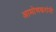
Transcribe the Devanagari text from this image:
आमोणकरांनी